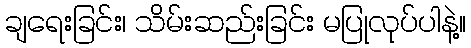
ချရေးခြင်း၊ သိမ်းဆည်းခြင်း မပြုလုပ်ပါနဲ့။